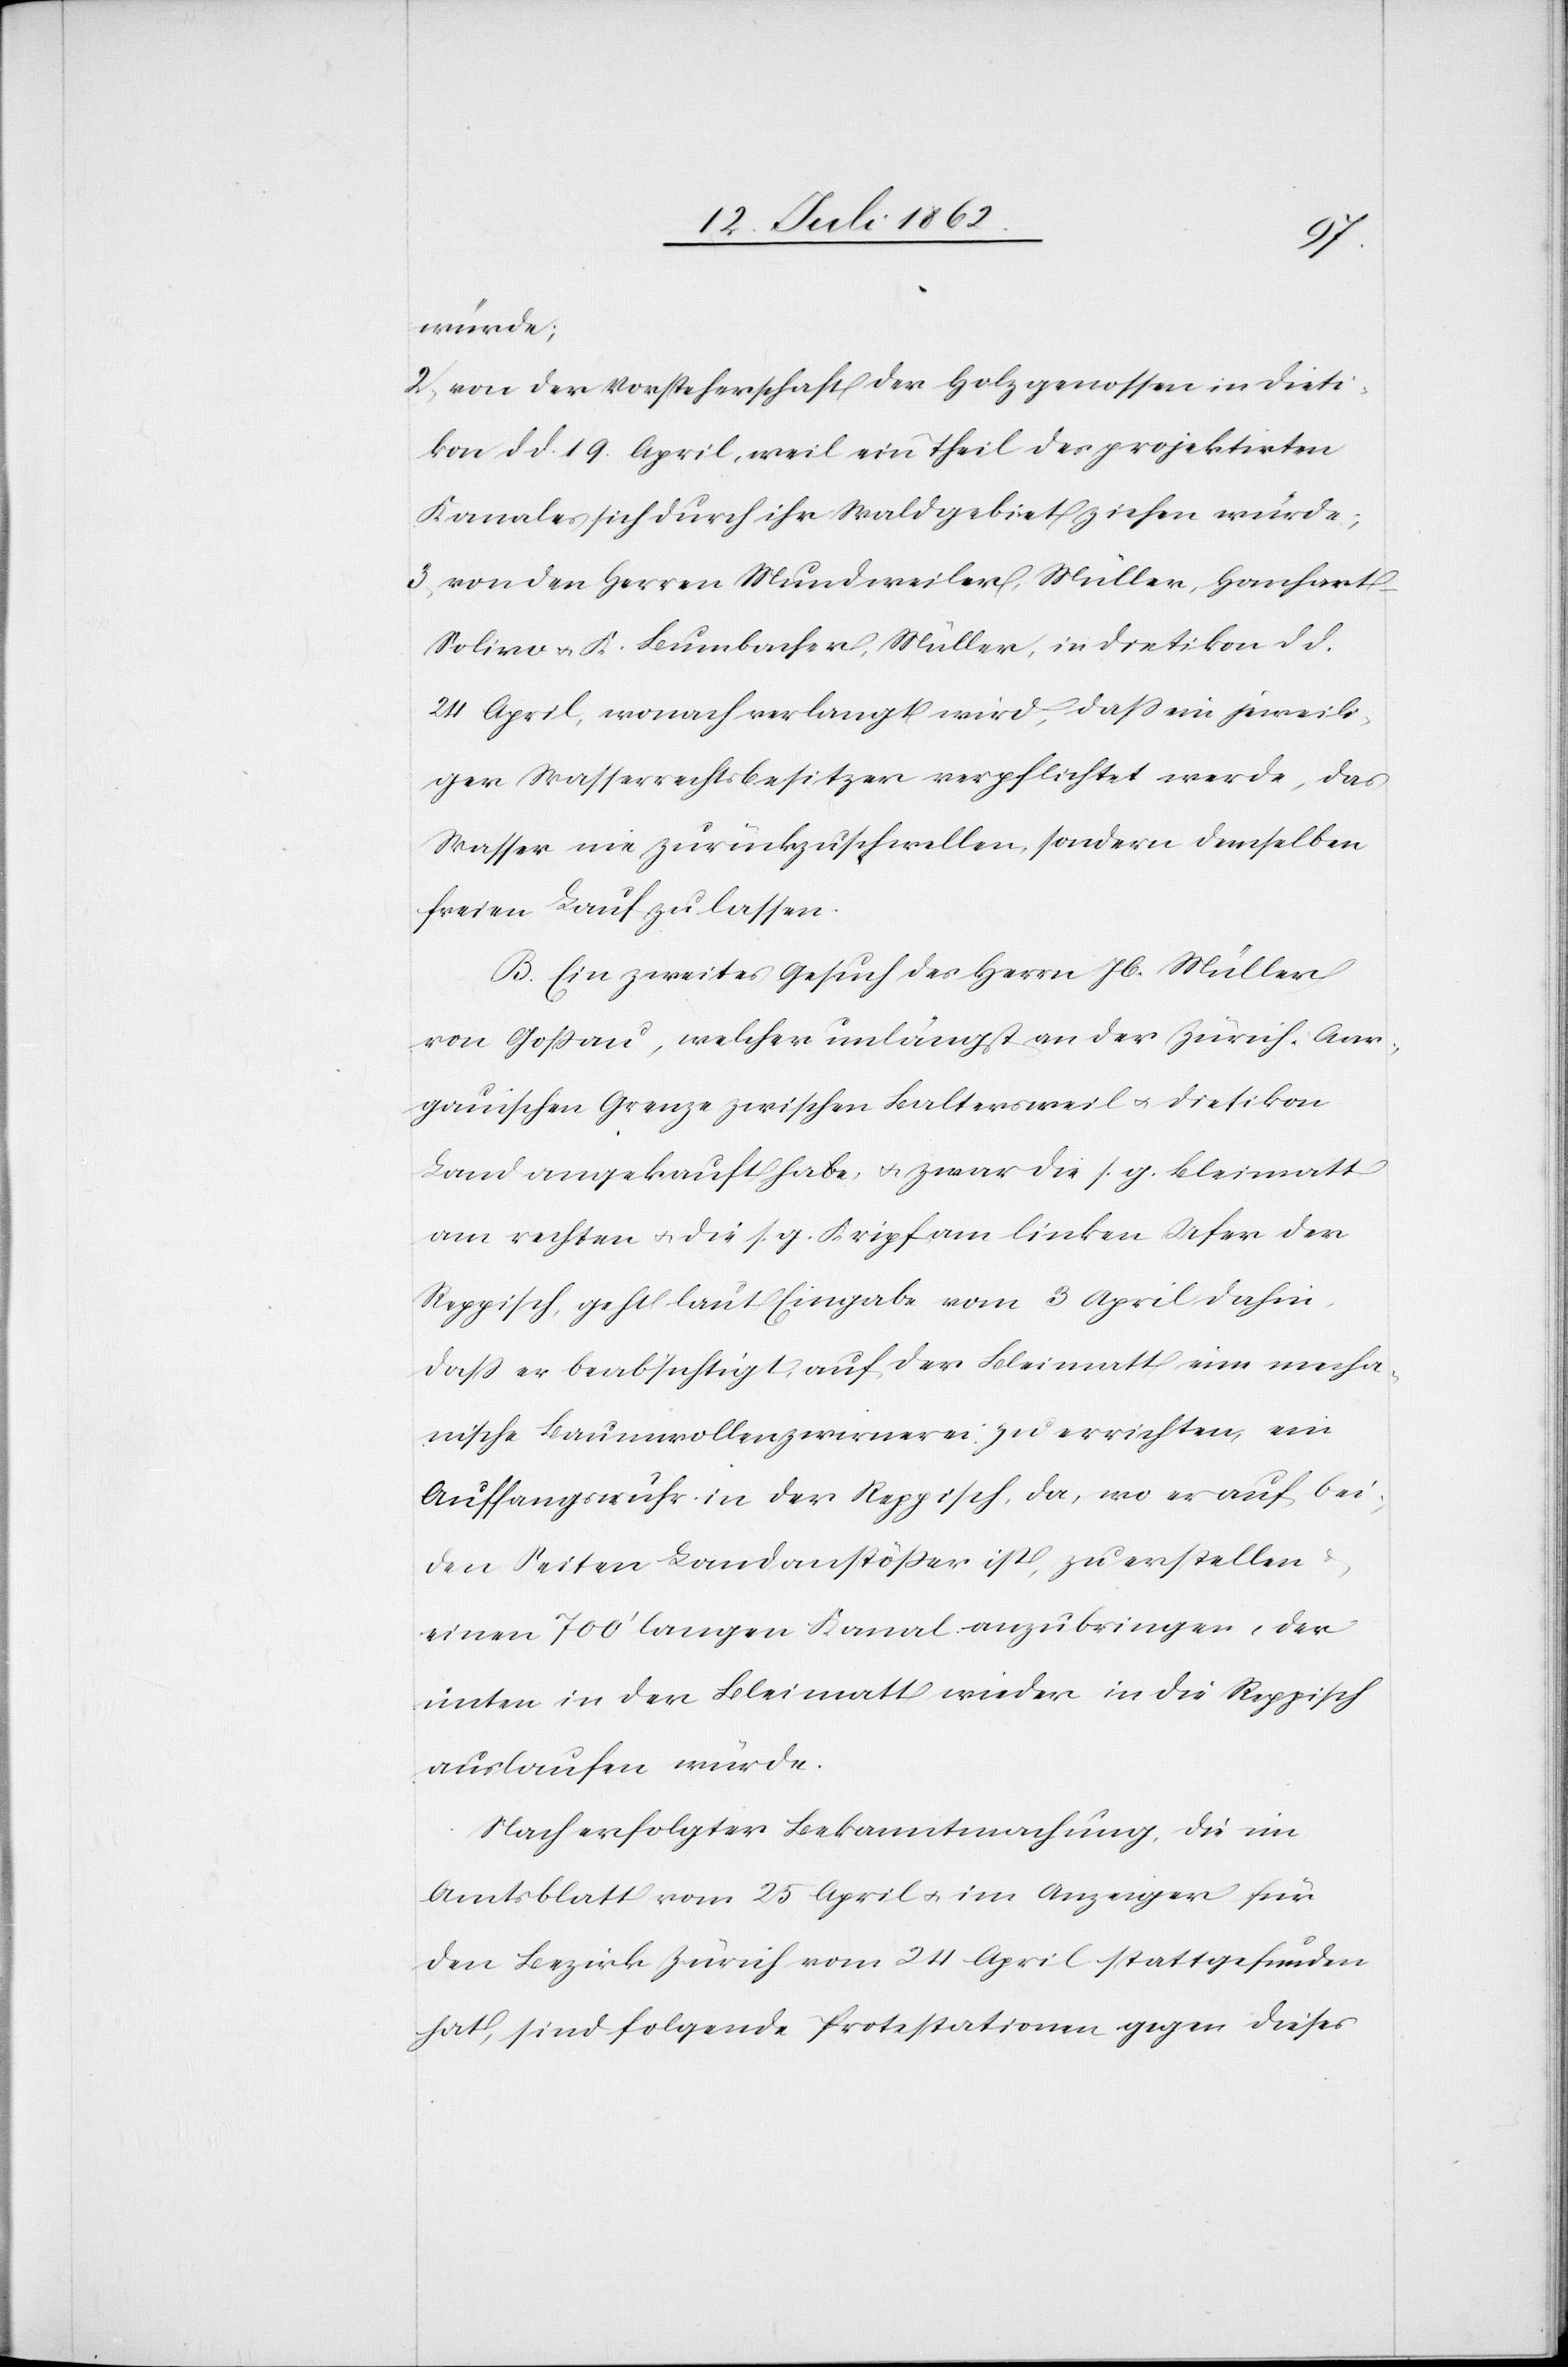
würde;
2. von der Vorsteherschaft der Holzgenossen in Dieti¬
kon d. d. 19. April, weil ein Theil des projektirten
Kanales sich durch ihr Waldgebiet ziehen würde,
3. von den Herren Mundweiler Müller, Hanhart-S¬
olivo u. K. Bumbacher, Müller, in Dietikon d. d.
24. April, wonach verlangt wird, daß ein jeweili¬
ger Wasserrechtsbesitzer verpflichtet werde, das
Wasser nie zurückzuschwellen, sondern demselben
freien Lauf zu lassen.
B. Ein zweites Gesuch des Herrn Jb. Müller
von Goßau, welcher unlängst an der Zürich-Aar¬
gauischen Grenze zwischen Baltersweil u. Dietikon
Land angekauft habe, u. zwar die s. g. Bleimatt
am rechten u. die s. g. Kripf am linken Ufer der
Reppisch, geht laut Eingabe vom 3. April dahin,
daß er beabsichtigt, auf der Bleimatt eine mecha¬
nische Baumwollenzwirnerei zu errichten, ein
Auffangswuhr in der Reppisch, da, wo er auf bei¬
den Seiten Landanstößer ist, zu erstellen
u.
einen 700’ langen Kanal anzubringen, der
unten in der Bleimatt wieder in die Reppisch
auslaufen würde.
Nach erfolgter Bekanntmachung, die im
Amtsblatt vom 25. April u. im Anzeiger für
den Bezirk Zürich vom 24. April stattgefunden
hat, sind folgende Protestationen gegen dieses